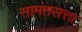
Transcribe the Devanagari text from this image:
सामंतसत्ता